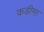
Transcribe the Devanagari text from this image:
कडीमा